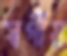
স্বর্গীয়